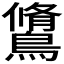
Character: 𪅭